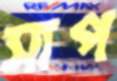
সাপ